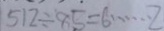
5 1 2 \div 8 5 = 6 \cdots 2